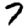
Digit: 7